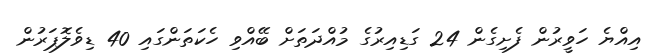
އިއްޔެ ހަވީރުން ފެށިގެން 24 ގަޑިއިރުގެ މުއްދަތަށް ބޭއްވި ހެކަތަންގައި 40 ޑިވެލޮޕަރުން